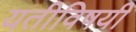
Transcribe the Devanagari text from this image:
यतीविषयी